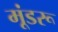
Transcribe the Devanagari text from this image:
मूंडरू